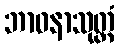
ဘာဝနာသုတ္တံ